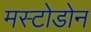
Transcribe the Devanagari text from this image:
मस्टोडोन